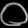
Digit: ၀